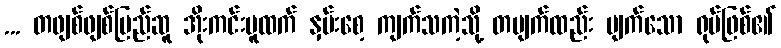
... တဖျစ်ဖျစ်မြည်ဆူ အိုးကင်းပူထက် နှမ်းစေ့ ကျက်သကဲ့သို့ တပျက်ထည်း ပျက်သော ရုပ်ဖြစ်၏